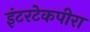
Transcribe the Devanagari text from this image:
इंटरटेकपीरा